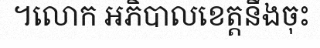
។លោក អភិបាលខេត្តនឹងចុះ